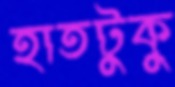
হাতটুকু